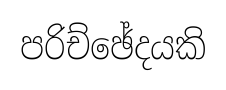
පරිච්ඡේදයකි